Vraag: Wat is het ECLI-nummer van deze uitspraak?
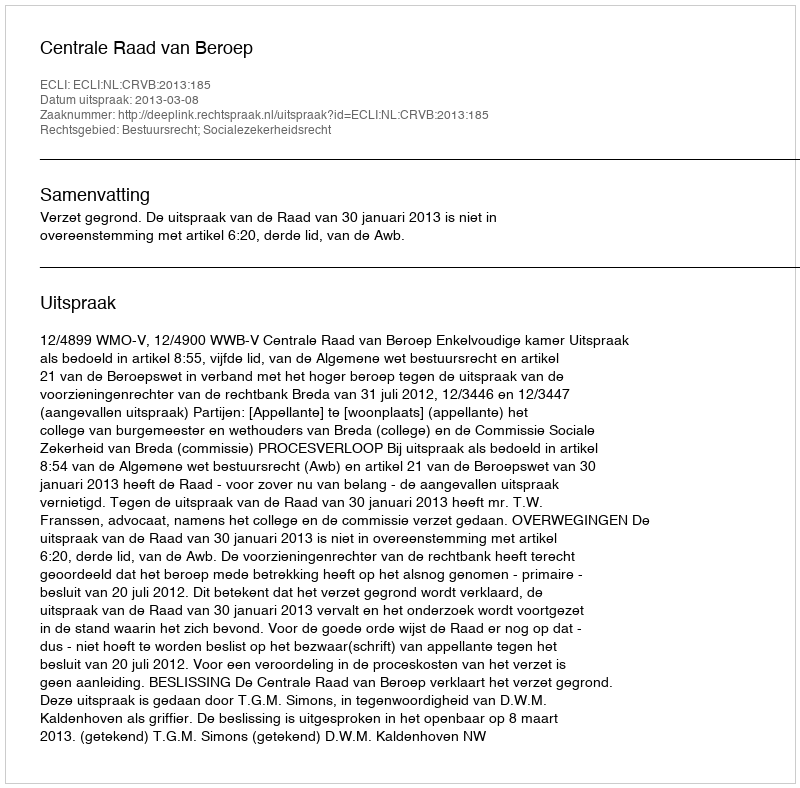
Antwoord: ECLI:NL:CRVB:2013:185